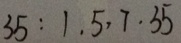
1 3 5 : 1 . 5 \cdot 7 \cdot 3 5